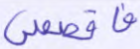
فاقصص